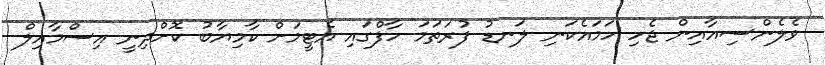
ވެލެންސިއާއިން ޖެހި ހަމައެކަނި ލަނޑު ފުރަތަމަ ހާފްގައި އެޓީމަށް ކާމިޔާބު ކޮށްދިނީ އިސްމާއިލް